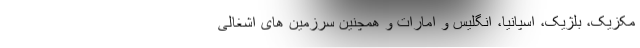
مکزیک، بلژیک، اسپانیا، انگلیس و امارات و همچنین سرزمین های اشغالی